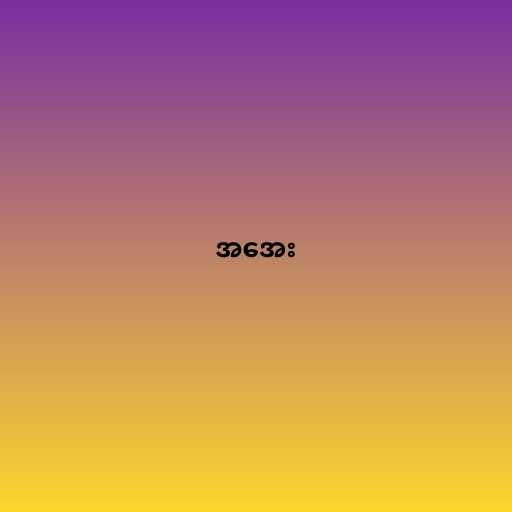
အအေး